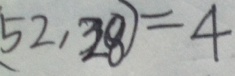
5 2 , 2 8 ) = 4